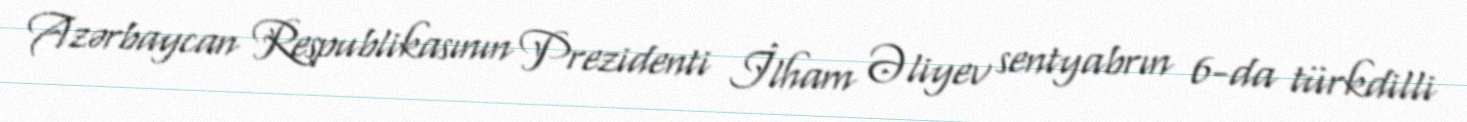
Azərbaycan Respublikasının Prezidenti İlham Əliyev sentyabrın 6-da türkdilli